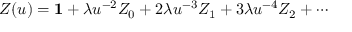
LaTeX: Z ( u ) = { \bf 1 } + \lambda u ^ { - 2 } Z _ { 0 } + 2 \lambda u ^ { - 3 } Z _ { 1 } + 3 \lambda u ^ { - 4 } Z _ { 2 } + \cdots